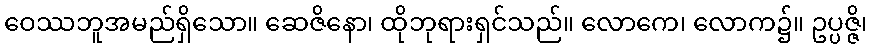
ဝေဿဘူအမည်ရှိသော။ ဆေဇိနော၊ ထိုဘုရားရှင်သည်။ လောကေ၊ လောက၌။ ဥပ္ပဇ္ဇိ၊